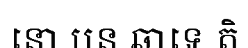
នោ បន ឆាទេ តិ